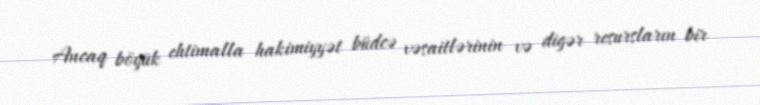
Ancaq böyük ehtimalla hakimiyyət büdcə vəsaitlərinin və digər resursların bir